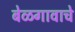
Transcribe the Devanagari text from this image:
बेळगावाचे